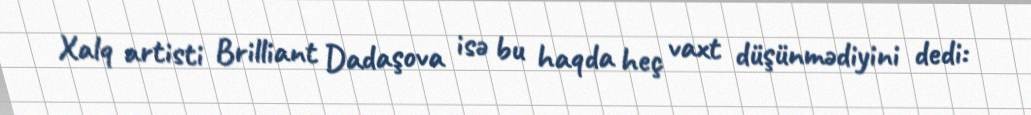
Xalq artisti Brilliant Dadaşova isə bu haqda heç vaxt düşünmədiyini dedi: